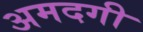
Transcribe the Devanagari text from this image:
अमदगी